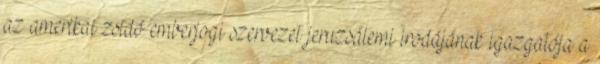
az amerikai zsidó emberjogi szervezet jeruzsálemi irodájának igazgatója a